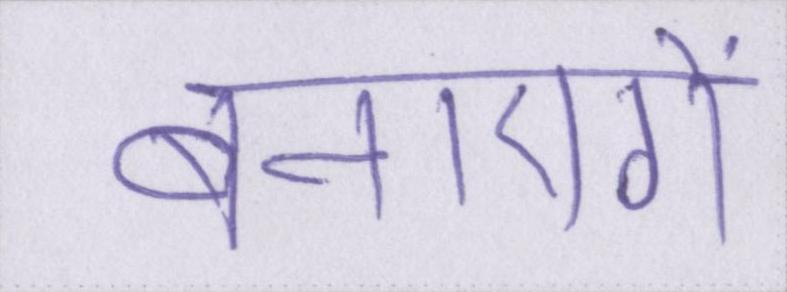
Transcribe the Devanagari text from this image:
बनाएगें